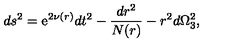
d s ^ { 2 } = \mathrm { e } ^ { 2 \nu ( r ) } d t ^ { 2 } - \frac { d r ^ { 2 } } { N ( r ) } - r ^ { 2 } d \Omega _ { 3 } ^ { 2 } ,